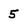
Character: 5